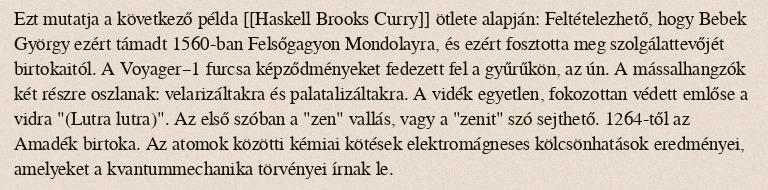
Ezt mutatja a következő példa [[Haskell Brooks Curry]] ötlete alapján: Feltételezhető, hogy Bebek György ezért támadt 1560-ban Felsőgagyon Mondolayra, és ezért fosztotta meg szolgálattevőjét birtokaitól. A Voyager–1 furcsa képződményeket fedezett fel a gyűrűkön, az ún. A mássalhangzók két részre oszlanak: velarizáltakra és palatalizáltakra. A vidék egyetlen, fokozottan védett emlőse a vidra "(Lutra lutra)". Az első szóban a "zen" vallás, vagy a "zenit" szó sejthető. 1264-től az Amadék birtoka. Az atomok közötti kémiai kötések elektromágneses kölcsönhatások eredményei, amelyeket a kvantummechanika törvényei írnak le.